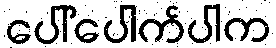
ပေါ်ပေါက်ပါက